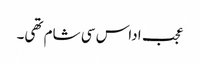
عجب اداس سی شام تھی۔